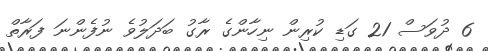
6 ދުވަސް 21 ގަޑި ކުރިން ނިހާންގެ ރާގު ބަދަލުވެ ނުފެންނަ ފަރާތް